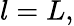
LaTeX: l=L,